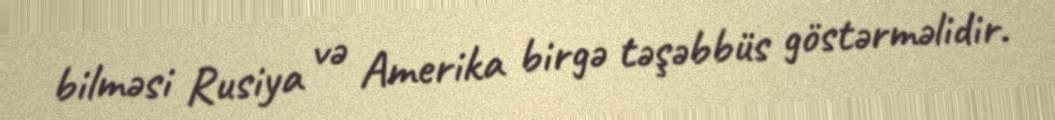
bilməsi Rusiya və Amerika birgə təşəbbüs göstərməlidir.